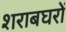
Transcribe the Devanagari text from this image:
शराबघरों